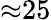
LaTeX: {\approx}25